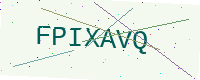
Text: FPIXAVQ